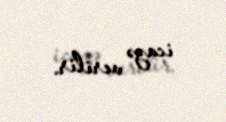
icazə verilir.